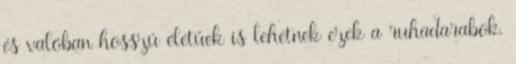
és valóban hosszú életűek is lehetnek ezek a ruhadarabok.